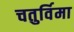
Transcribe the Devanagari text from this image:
चतुर्विमा